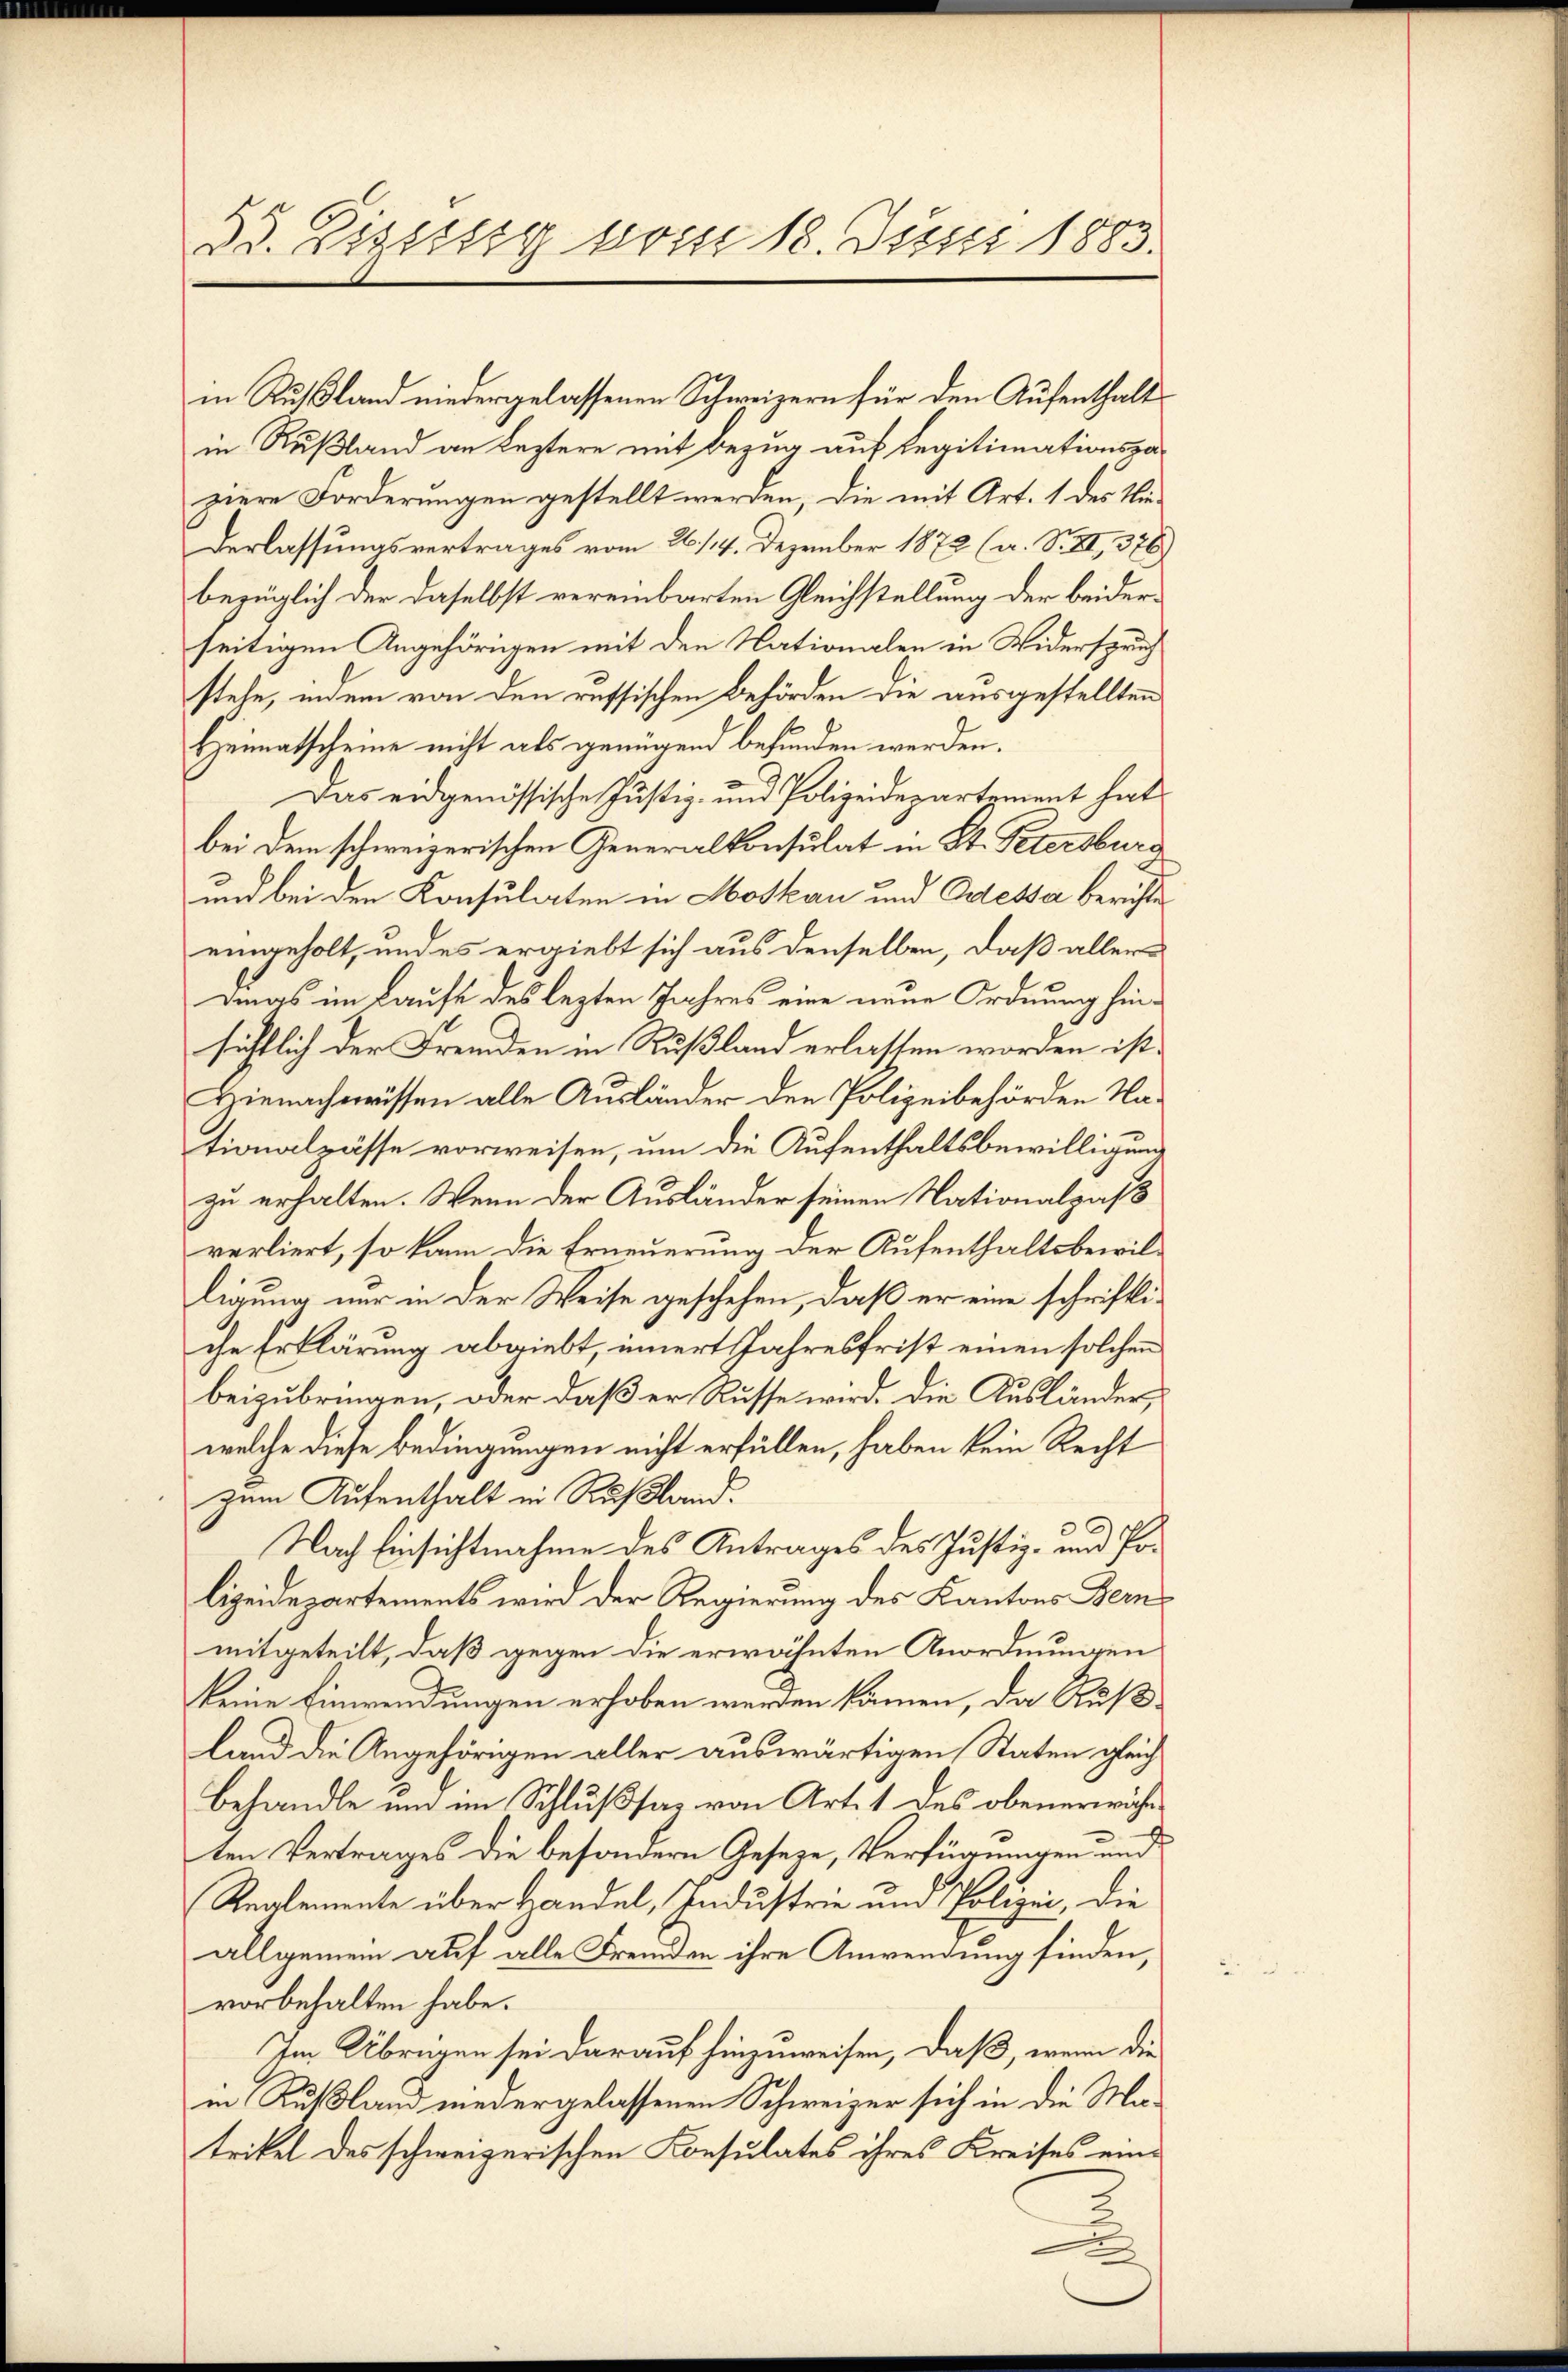
55. Eisessig vom 18. Justi 1883.

in Rußland niedergelassenen Schweizern für den Aufenthalt
in Rußland an Leztere mit Bezug auf Legitimationspaziere Forderungen gestellt werden, die mit Art. 1 des Vierderlassungsvertrages vom 26./14. Dezember 1872 (a. S. XI, 376.)
bezüglich der daselbst vereinbarten Gleichstellung der beiderseitigen Angehörigen mit den Nationalen in Widerspruch
stehe, indem von den russischen Behörden die ausgestellten
Heimatscheine nicht als genügend befunden werden.
Das eidgenössische Justiz- und Polizeidepartement hat
bei dem schweizerischen Generalkonsulat in St. Petersburg
und bei den Konsulaten in Moskau und Odessa berichte
eingeholt, und es ergiebt sich aus denselben, daß allerdines im Laufe des lezten Jahres eine neue Ordnung hinsittlich der Fremden in Rußland erlassen worden ist.
Hienachwissen alle Ausländer den Polizeibehörden Nationalzässe vorweisen, um die Aufenthaltsbewilligung
zu erhalten. Wenn der Ausländer seinen Nationalpaß
verliert, so kann die Erneuerung der Aufenthaltsbewilligung nur in der Weise geschehen, daß er eine schriftiche Erklärung abgiebt, innert Jahresfrist einen solchen
beizubringen, oder daß er Russe wird. Die Ausländer,
welche diese Bedingungen nicht erfüllen, haben kein Recht
zum Aufenthalt in Russland.
Nach Einsichtnahme des Antrages des Justiz- und Polizeidepartements wird der Regierung des Kantons Bern
mitgeteilt, daß gegen die erwähnten Anordnungen
keine Einwendungen erhoben werden können, da Rußland die Angehörigen aller auswärtigen Staten gleich
Behandle und im Schlußsaz von Art. 1 des obenerwähnten Vertrages die besondern Geseze, Verfügungen und
Reglemente über Handel, Industrie und Polizei, die
allgemein auf alle Fremden ihre Anwendung finden,
vorbehalten habe.
Im Übrigen sei darauf hinzuweisen, daß, wenn die
in Rußland niedergelassenen Schweizer sich in die Matrikel des schweizerischen Konsulates ihres Kreises ein¬